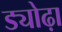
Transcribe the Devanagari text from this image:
ड्योढ़ा